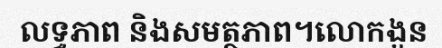
លទ្ធភាព និងសមត្ថភាព។លោកងួន